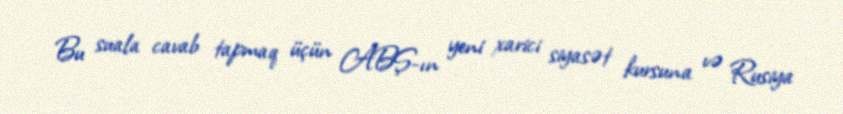
Bu suala cavab tapmaq üçün ABŞ-ın yeni xarici siyasət kursuna və Rusiya